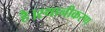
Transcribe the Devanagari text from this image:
है।स्थानीकरण